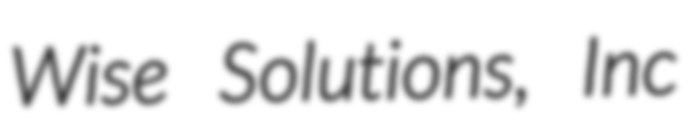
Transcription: Wise Solutions, Inc